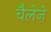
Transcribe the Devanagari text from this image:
चैलेज़े